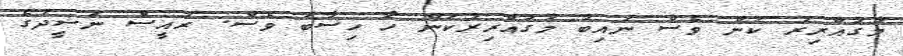
މުގައްރިރު ކަން ވެސް ނައިބު މުގައްރިރުކަން ހާ ހިސާބު ވެސް. ރައީސް ނަޝީދުގެ